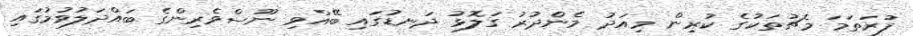
ފުރަތަމަ މެޗުތަކުގެ ކުރިން މިއަދު މެންދުރު ގަލޮޅު ދަނޑުގައި ބޭއްވި ނޫސްވެރިންގެ ބައްދަލުވުމުގައި